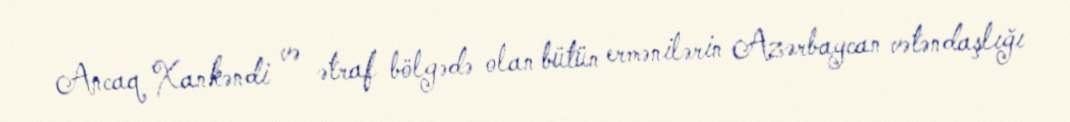
Ancaq Xankəndi və ətraf bölgədə olan bütün ermənilərin Azərbaycan vətəndaşlığı